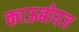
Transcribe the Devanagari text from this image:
काऊबोयज